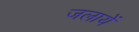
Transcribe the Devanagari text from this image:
जलायें